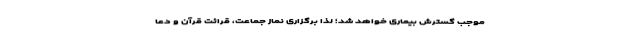
موجب گسترش بیماری خواهد شد؛ لذا برگزاری نماز جماعت، قرائت قرآن و دعا